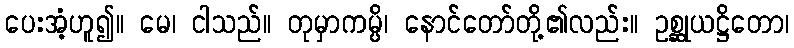
ပေးအံ့ဟူ၍။ မေ၊ ငါသည်။ တုမှာကမ္ပိ၊ နောင်တော်တို့၏လည်း။ ဥစ္ဆုယဋ္ဌိတော၊